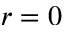
r = 0